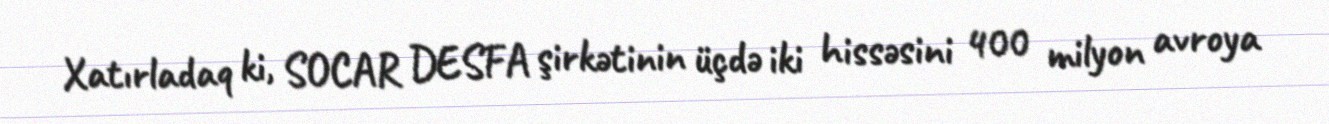
Xatırladaq ki, SOCAR DESFA şirkətinin üçdə iki hissəsini 400 milyon avroya